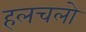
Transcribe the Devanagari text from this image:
हलचलो